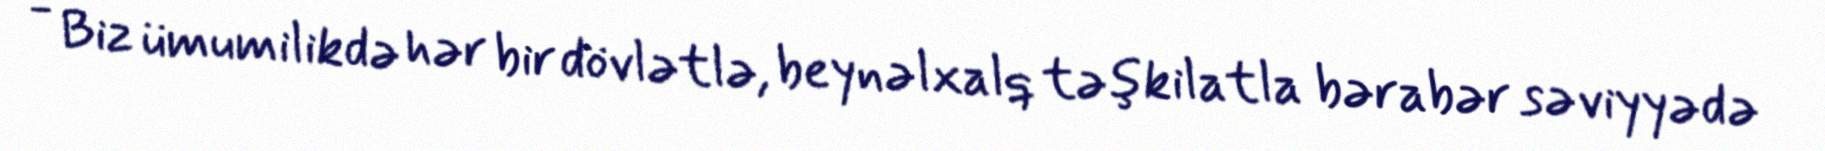
- Biz ümumilikdə hər bir dövlətlə, beynəlxalq təşkilatla bərabər səviyyədə